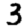
Digit: 3